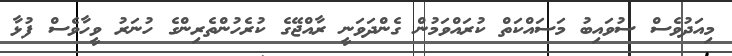
މިއަދުވެސް ސުވައިބު މަސައްކަތް ކުރައްވަމުން ގެންދަވަނީ ރާއްޖޭގެ ކުރެހުންތެރިންގެ ހުނަރު ވީހާވެސް ފުޅާ